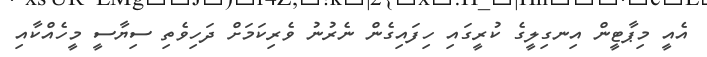
އެއީ މިޕާޓީން އިނގިލީގެ ކުރީގައި ހިފައިގެން ނެރުނު ވެރިކަމަށް ދަހިވެތި ސިޔާސީ މީހެއްކާއި